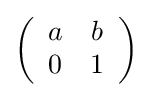
\left({\begin{array}{cc}a&b\\0&1\end{array}}\right)